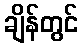
ချိန်တွင်